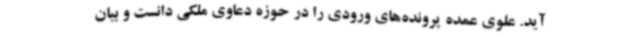
آید. علوی عمده پرونده‌های ورودی را در حوزه دعاوی ملکی دانست و بیان